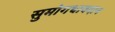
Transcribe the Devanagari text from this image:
सुमोगधावदान